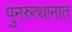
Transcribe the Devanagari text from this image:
पुनरुत्थानात